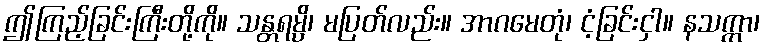
ဤကြည့်ခြင်းကြီးတို့ကို။ သန္တရမ္ပိ၊ မပြတ်လည်း။ အာဂမေတုံ၊ ငံ့ခြင်းငှါ။ နသက္ကာ၊